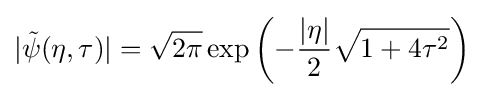
|{\tilde {\psi }}(\eta ,\tau )|={\sqrt {2\pi }}\exp \left(-{\frac {|\eta |}{2}}{\sqrt {1+4\tau ^{2}}}\right)